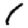
Digit: 1